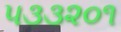
૫૩૩૨૦૧